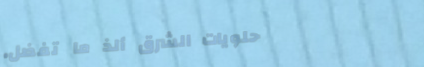
حلويات الشرق ألذ ما تفضل.